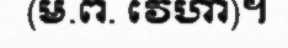
(ម.ព. វេហា)។